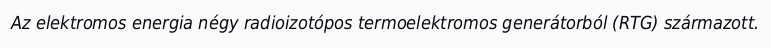
Az elektromos energia négy radioizotópos termoelektromos generátorból (RTG) származott.